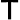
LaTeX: \mathsf{T}